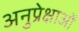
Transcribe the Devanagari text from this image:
अनुप्रेक्षाओं